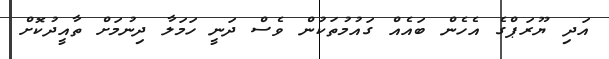
އަދި ޔޫރަޕްގެ އެހެން ބައެއް ގައުމުތަކުން ވެސް ދަނީ ހަމަލާ ދިނުމަށް ތާއީދުކޮށް